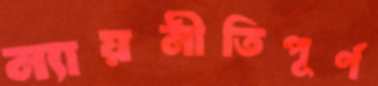
ন্যায়নীতিপূর্ণ